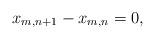
LaTeX: \begin{align*}x_{m,n+1} - x_{m,n} = 0,\end{align*}